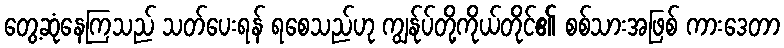
တွေ့ဆုံနေကြသည် သတ်ပေးရန် ရစေသည်ဟု ကျွန်ုပ်တို့ကိုယ်တိုင်၏ စစ်သားအဖြစ် ကားဒေတာ